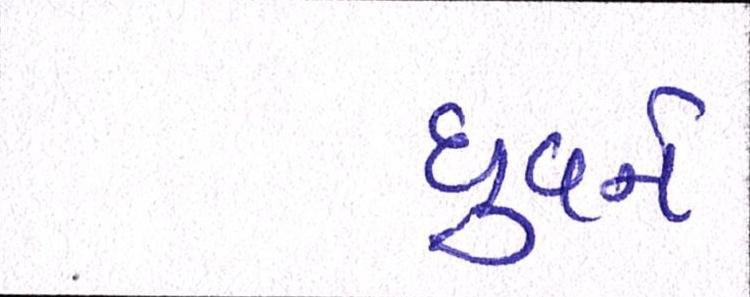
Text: ધ્રુવને